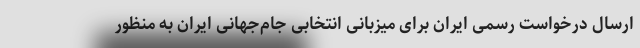
ارسال درخواست رسمی ایران برای میزبانی انتخابی جام‌جهانی ایران به منظور